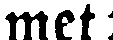
met: